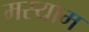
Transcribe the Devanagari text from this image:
मस्याम